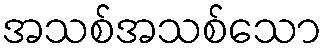
အသစ်အသစ်သော